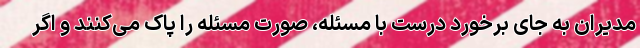
مدیران به جای برخورد درست با مسئله، صورت مسئله را پاک می‌کنند و اگر